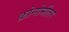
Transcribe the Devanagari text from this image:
क्रोनोमीतर